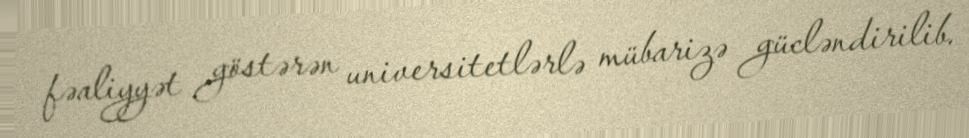
fəaliyyət göstərən universitetlərlə mübarizə gücləndirilib.